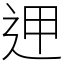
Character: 𨒇